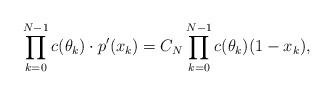
LaTeX: \begin{align*}\prod \limits_{k=0}^{N-1} c(\theta_k) \cdot p'(x_k) = C_N \prod \limits_{k=0}^{N-1} c(\theta_k)(1-x_k),\end{align*}